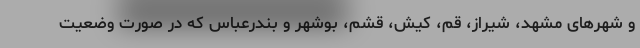
و شهرهای مشهد، شیراز، قم، کیش، قشم، بوشهر و بندرعباس که در صورت وضعیت